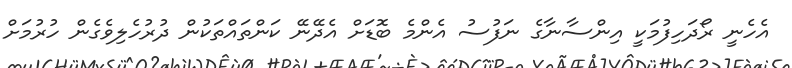
އެހެނީ ރޯދަހިފުމަކީ އިންސާނާގެ ނަފުސު އެންމެ ބޮޑަށް އެދޭނޭ ކަންތައްތަކުން ދުރުހެލިވެގެން ހުރުމަށް